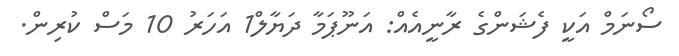
ސޯނަމް އަކީ ފެޝަންގެ ރާނީއެއް: އަނޫޕަމާ ދަޔާލް1 އަހަރު 10 މަސް ކުރިން.